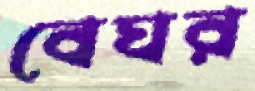
বেঘর